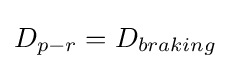
D_{p-r}=D_{braking}